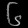
Digit: ၆